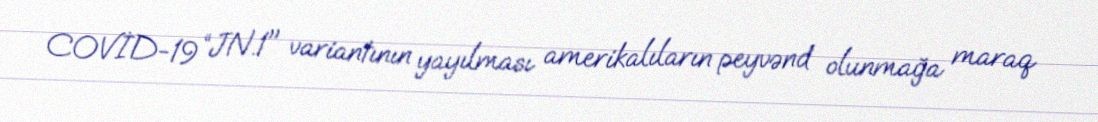
COVİD-19 “JN.1" variantının yayılması amerikalıların peyvənd olunmağa maraq